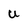
Character: U